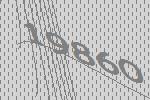
19860